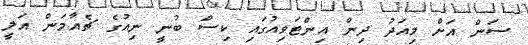
ސަން އަށް މިއަދު ދިން އިންޓަވިއުގައި ކިސް ބުނީ ނިއުގެ ޗެއާމަން އަލީ